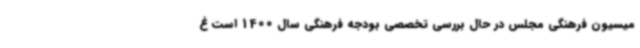
میسیون فرهنگی مجلس در حال بررسی تخصصی بودجه فرهنگی سال 1400 است غ